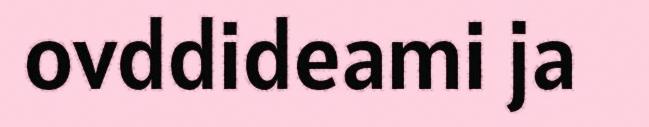
ovddideami ja